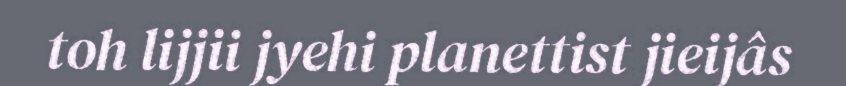
toh lijjii jyehi planettist jieijâs